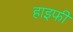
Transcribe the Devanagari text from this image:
हाइफी